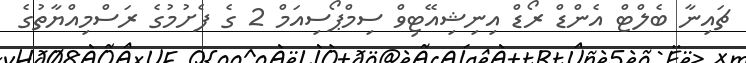
ޗައިނާ ބެލްޓް އެންޑް ރޯޑް އިނިޝިއޭޓިވް ސިމްޕޯސިއަމް 2 ގެ ފެށުމުގެ ރަސްމިއްޔާތުގެ